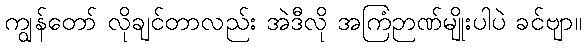
ကျွန်တော် လိုချင်တာလည်း အဲဒီလို အကြံဉာဏ်မျိုးပါပဲ ခင်ဗျာ။